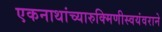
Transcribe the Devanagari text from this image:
एकनाथांच्यारुक्मिणीस्वयंवराने